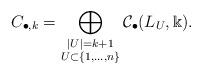
LaTeX: \begin{align*}C_{\bullet,k}=\bigoplus_{\substack{|U|=k+1 \\ U\subset\{1,\dots,n\}}}\mathcal C_\bullet(L_U,\Bbbk). \end{align*}